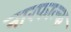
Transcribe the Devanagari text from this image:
नारफाल्क